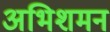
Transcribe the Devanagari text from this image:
अभिशमन